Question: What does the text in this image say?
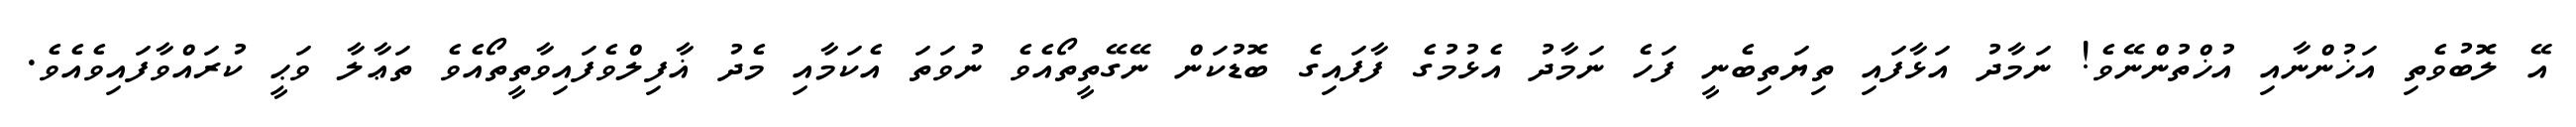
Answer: އޭ ލޮބުވެތި އަޚުންނާއި އުޚްތުންނޭވެ! ނަމާދު އަޅާފައި ތިޔަތިބެނީ ފަހެ ނަމާދު އެޅުމުގެ ފާފައިގެ ބޮޑުކަން ނޭގޭތީތޯއެވެ ނުވަތަ އެކަމާއި މެދު ޣާފިލްވެފައިވާތީތޯއެވެ ތަޢާލާ ވަޙީ ކުރައްވާފައިވެއެވެ.